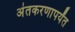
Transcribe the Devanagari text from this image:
अंतकरणापर्यंत